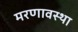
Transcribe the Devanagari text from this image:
मरणावस्था